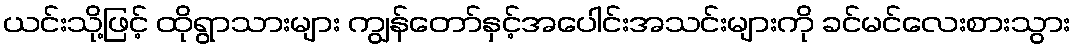
ယင်းသို့ဖြင့် ထိုရွာသားများ ကျွန်တော်နှင့်အပေါင်းအသင်းများကို ခင်မင်လေးစားသွား